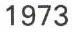
1973